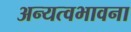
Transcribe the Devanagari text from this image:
अन्यत्वभावना